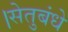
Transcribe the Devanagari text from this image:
।सेतुबंधे